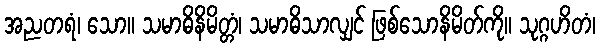
အညတရံ၊ သော။ သမာဓိနိမိတ္တံ၊ သမာဓိသာလျှင် ဖြစ်သောနိမိတ်ကို။ သုဂ္ဂဟိတံ၊